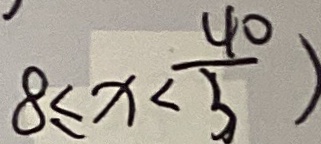
8 \leq x < \frac { 4 0 } { 3 } )